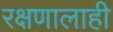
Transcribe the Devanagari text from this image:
रक्षणालाही